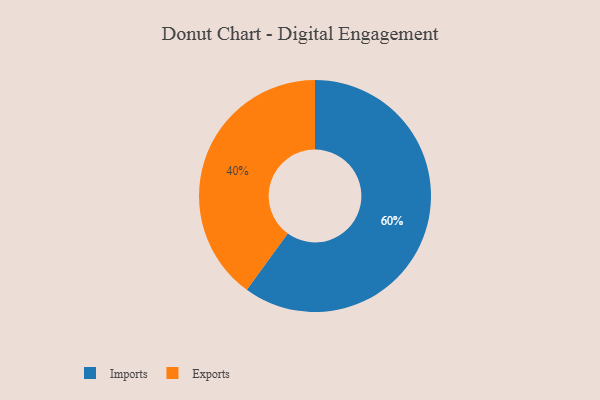
{"axis": {"x": "Category", "y": "Percentage"}, "legend": ["Exports", "Imports"], "data": [{"x": "Exports", "y": 40, "type": "Exports"}, {"x": "Imports", "y": 60, "type": "Imports"}]}